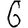
Digit: 6